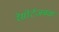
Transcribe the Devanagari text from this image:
रेसॉर्टजवळ